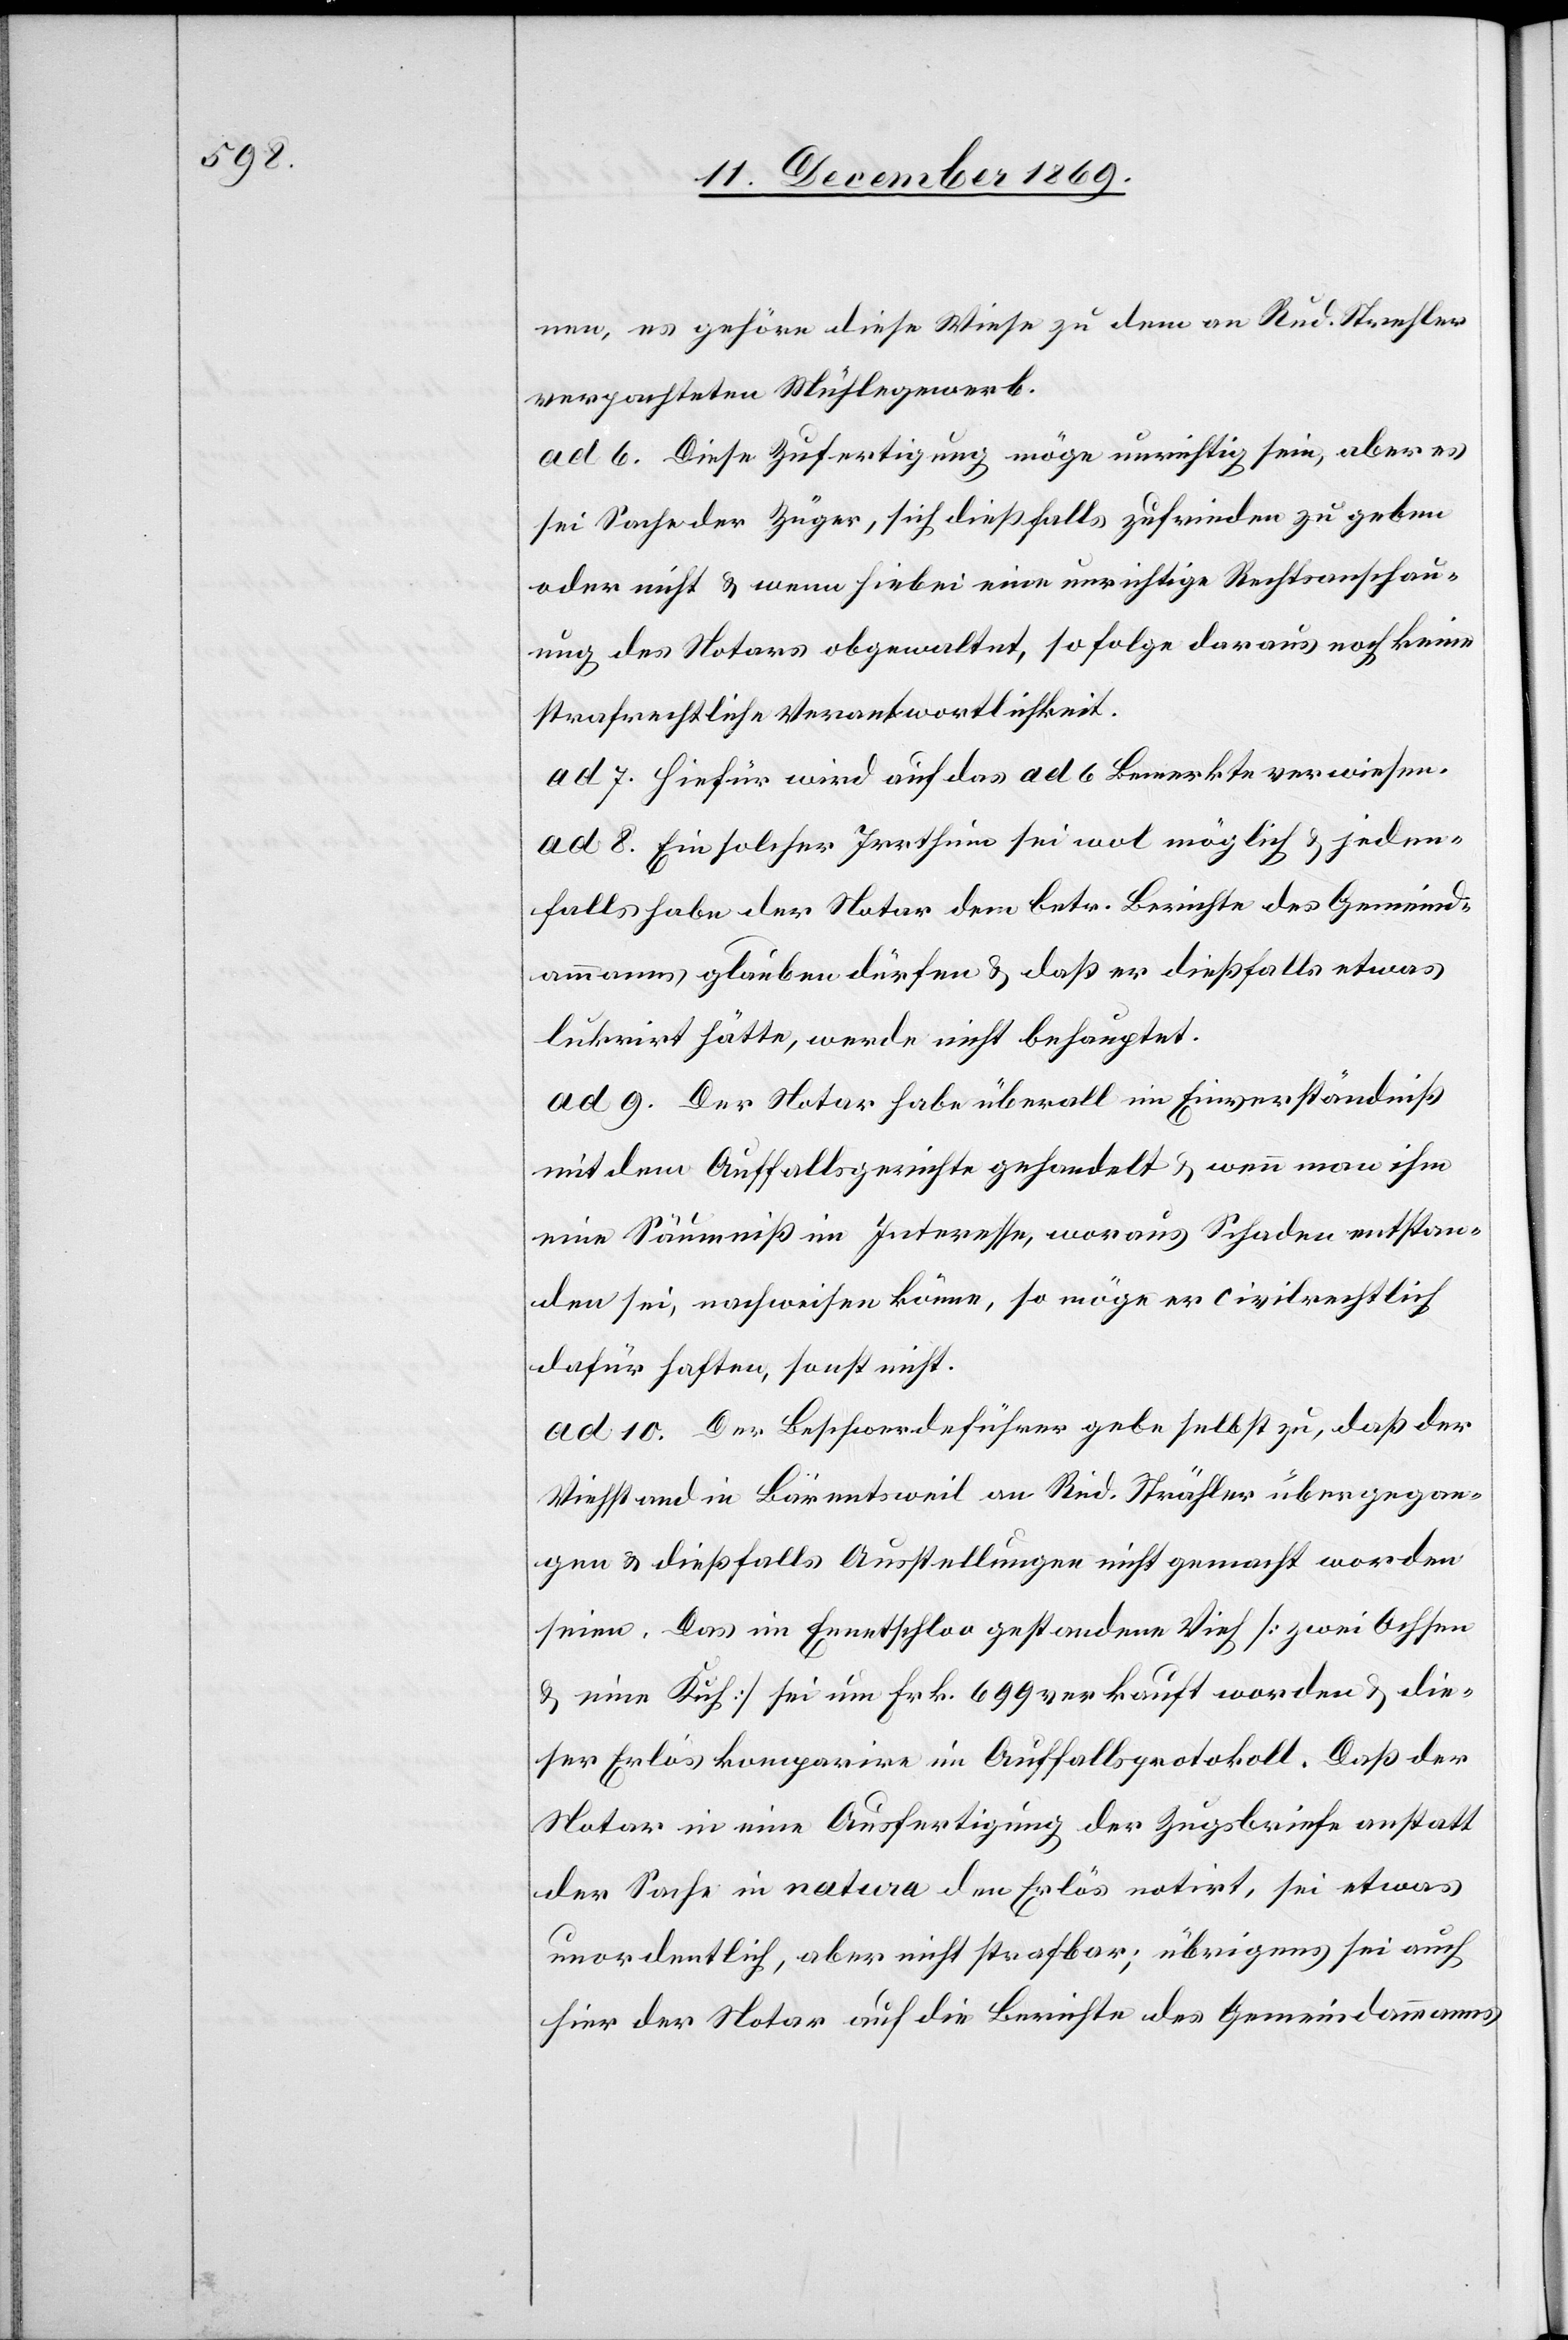
nen, es gehöre diese Wiese zu dem an Rud. Strehler
verpachteten Mühlegewerb.
ad 6. Diese Zufertigung möge unrichtig sein, aber es
sei Sache der Züger, sich dießfalls zufrieden zu geben
oder nicht & wenn hiebei eine unrichtige Rechtsanschau¬
ung des Notars obgewaltet, so folge daraus noch keine
strafrechtliche Verantwortlichkeit.
ad 7. Hiefür wird auf das ad 6 Bemerkte verwiesen.
ad 8. Ein solcher Irrthum sei wol möglich & jeden¬
falls habe der Notar dem betr. Berichte des Gemeind¬
ammanns glauben dürfen & daß er dießfalls etwas
lukrirt hätte, werde nicht behauptet.
ad 9. Der Notar habe überall im Einverständniß
mit dem Auffallsgerichte gehandelt & wenn man ihm
eine Säumniß im Interesse, woraus Schaden entstan¬
den sei, nachweisen könne, so möge er civilrechtlich
dafür haften, sonst nicht.
ad 10. Der Beschwerdeführer gebe selbst zu, daß der
Viehstand in Bärentsweil an Rud. Strähler [sic!] übergegan¬
gen & dießfalls Ausstellungen nicht gemacht worden
seien. Das im Ennetschloo gestandene Vieh [zwei Ochsen
& eine Kuh] sei um Frk. 699 verkauft worden & die¬
ser Erlös komparire im Auffallsprotokoll. Daß der
Notar in eine Ausfertigung der Zugsbriefe anstatt
der Sache in natura den Erlös notirt, sei etwas
unordentlich, aber nicht strafbar; übrigens sei auch
hier der Notar auf die Berichte des Gemeindammanns